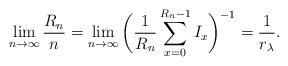
LaTeX: \begin{align*}\lim_{n \to \infty} \frac{R_n}n = \lim_{n \to \infty} \bigg(\frac1{R_n} \sum_{x=0}^{R_n-1} I_x \bigg)^{-1} = \frac1{r_\lambda}.\end{align*}